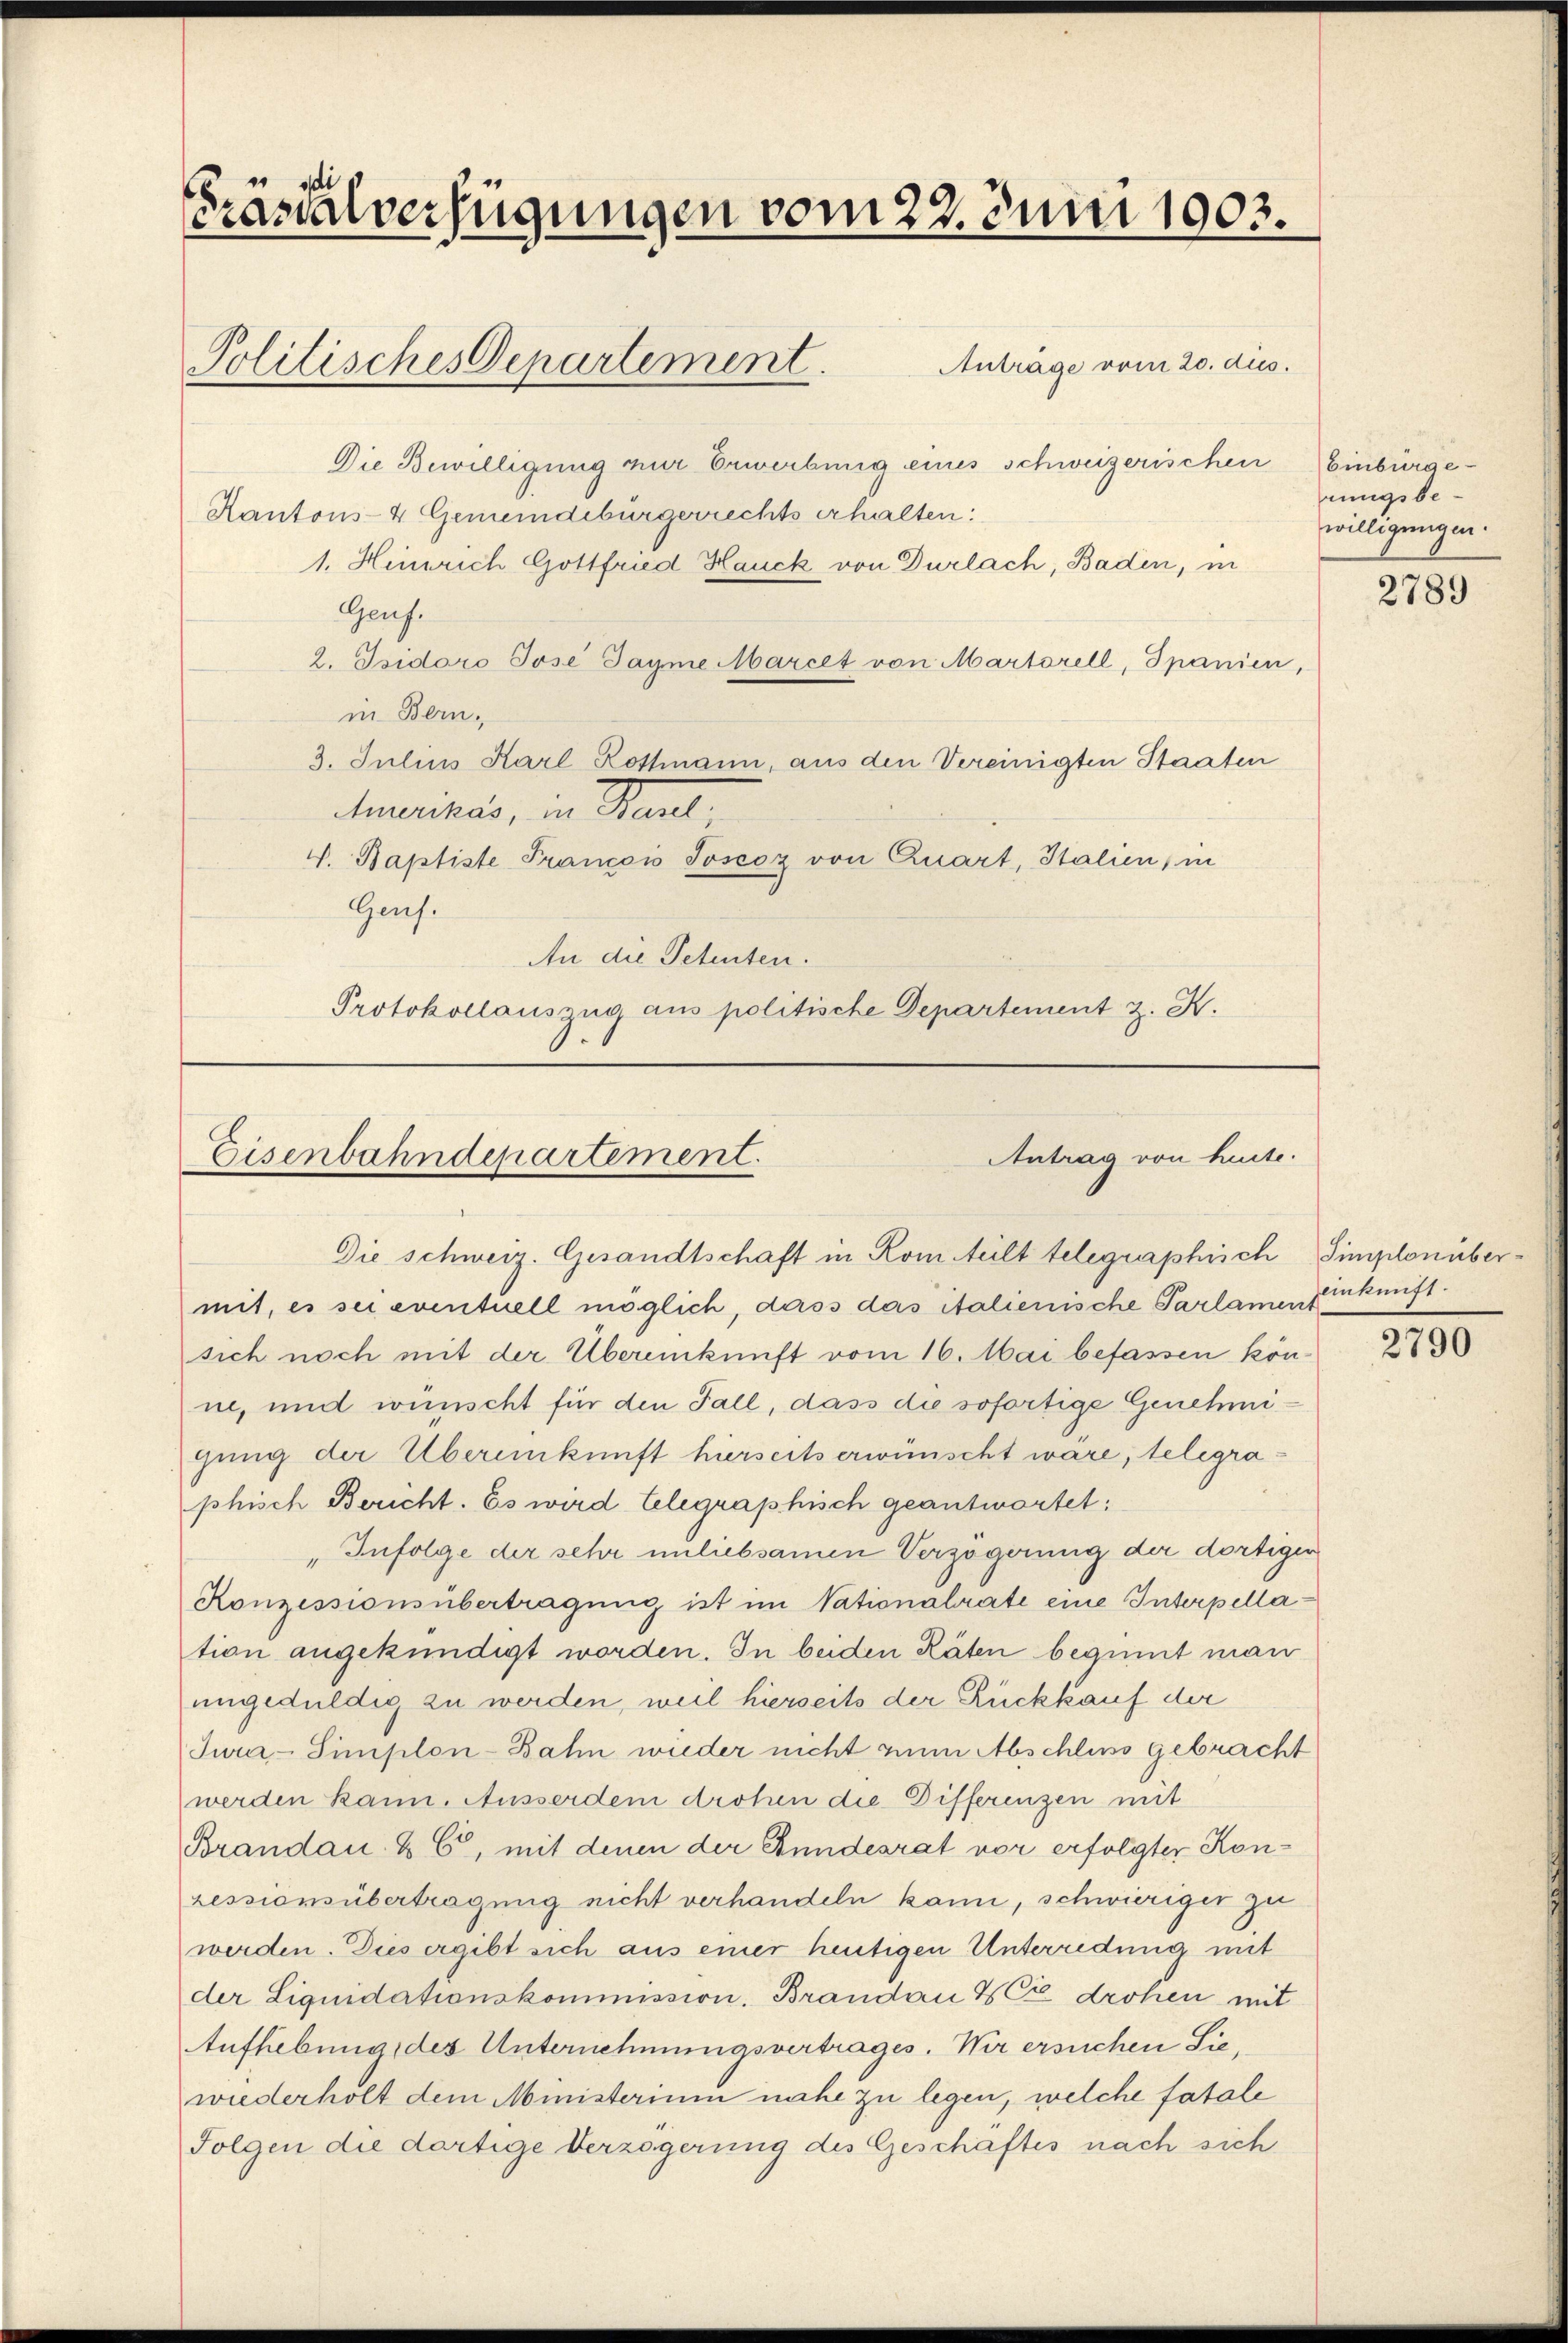
Fräsdalverfügungen vom 22. Juni 1903.

Anträge vom 20. dies.
Die Bewilligung nur Erwerbung eines schweizerischen Einbürge-
Kantons- 4 Gemeindebürgerrechts erhalten:
1. Heinrich Gottfried Hauck von Dürlach, Baden, in
Geus.
2. Isidoro Jose Tagme Marcet von Martorell, Spanien,
in Bern,
3. Julius Karl Rottmann, aus den Vereinigten Staaten
naires, in Stand,
V. Baptiste Francois Soscoz von Quart, Stalien, in
Geus.
An die Petenten.
Protokollauszug aus politische Departement z. K.

Politisches Departement.

Antrag von heute.
Eisenbahndepartement.
Die schweiz. Gesandtschaft in Rom teilt telegraphisch Simplonüber¬

mit, es sei eventuell möglich, dass das italienische Parlamen Zukunftsich noch mit der Übereinkunft vom 16. Mai befassen könne, und wünscht für den Fall, dass die sofortige Genehmigung der Übereinkunft hierseits erwünscht wäre, telegraphisch Bericht. Es wird telegraphisch geantwortet:
"Infolge der sehr miliebsamen Verzögerung der dortiger
Konzessionsübertragung ist im Vationalrate eine Interpellation angekündigt worden. In beiden Räten beginnt man
ungeduldig zu werden, weil hierseits der Rückkauf der
Jura-Simplon-Bahn wieder nicht zum Abschluss gebracht
werden kann. Ausserdem drohen die Differenzen mit
Brandau & 6, mit denen der Stundesrat vor erfolgter Konressionsübertragung nicht verhandeln kann, schwieriger zu
werden. Dies ergibt sich aus einer heutigen Unterredung mit
der Liquidationskommission. Brandau & Cie drohen mit
Aufhebung, des Unternehmungsvertrages. Wir ersuchen Siewiederholt dem Ministerium nahe zu legen, welche fatale
Folgen die dortige Verzögerung des Geschäftes nach sich

rungsbewilligungen.

2789

2790